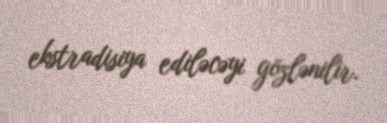
ekstradisiya ediləcəyi gözlənilir.